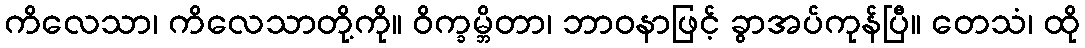
ကိလေသာ၊ ကိလေသာတို့ကို။ ဝိက္ခမ္ဘိတာ၊ ဘာဝနာဖြင့် ခွာအပ်ကုန်ပြီ။ တေသံ၊ ထို